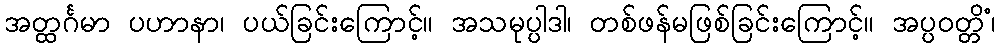
အတ္ထင်္ဂမာ ပဟာနာ၊ ပယ်ခြင်းကြောင့်။ အသမုပ္ပါဒါ၊ တစ်ဖန်မဖြစ်ခြင်းကြောင့်။ အပ္ပဝတ္တိံ၊